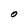
Character: O